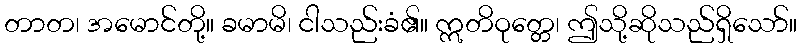
တာတ၊ အမောင်တို့။ ခမာမိ၊ ငါသည်းခံ၏။ ဣတိဝုတ္တေ၊ ဤသို့ဆိုသည်ရှိသော်။